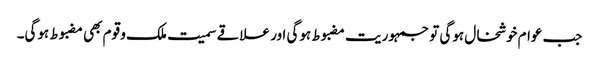
جب عوام خوشخال ہوگی تو جمہوریت مضبوط ہوگی اور علاقے سمیت ملک و قوم بھی مضبوط ہوگی۔